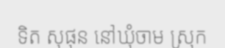
ទិត សុផុន នៅឃុំចាម ស្រុក